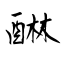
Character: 醂